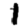
Digit: 1